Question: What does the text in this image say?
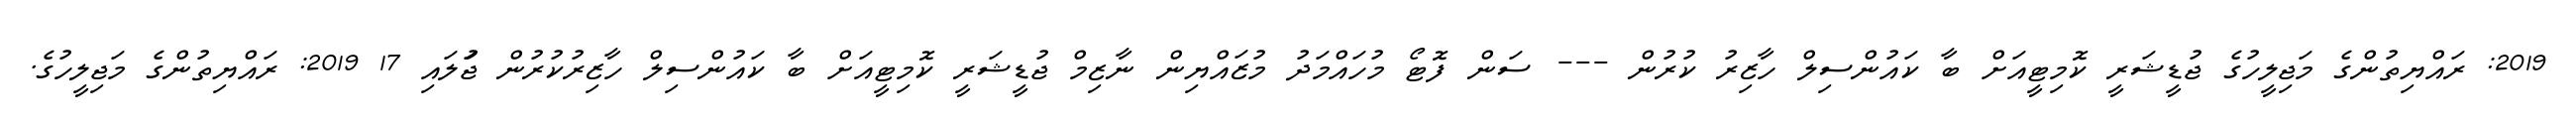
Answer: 2019: ރައްޔިތުންގެ މަޖިލީހުގެ ޖުޑީޝަރީ ކޮމިޓީއަށް ބާ ކައުންސިލް ހާޒިރު ކުރުން --- ސަން ފޮޓޯ މުހައްމަދު މުޒައްޔިން ނާޒިމް ޖުޑީޝަރީ ކޮމިޓީއަށް ބާ ކައުންސިލް ހާޒިރުކުރުން ޖުަލައި 17 2019: ރައްޔިތުންގެ މަޖިލީހުގެ.